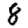
Digit: 8